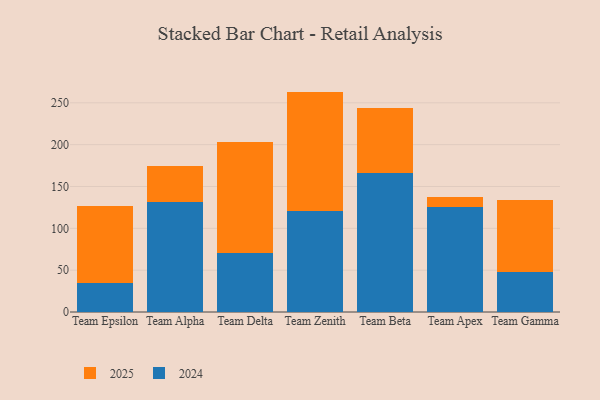
{"axis": {"x": "Team", "y": "Page Views"}, "legend": ["2024", "2025"], "data": [{"x": "Team Epsilon", "y": 92.8, "type": "2025"}, {"x": "Team Epsilon", "y": 34.2, "type": "2024"}, {"x": "Team Alpha", "y": 43.5, "type": "2025"}, {"x": "Team Alpha", "y": 130.9, "type": "2024"}, {"x": "Team Delta", "y": 132.2, "type": "2025"}, {"x": "Team Delta", "y": 70.4, "type": "2024"}, {"x": "Team Zenith", "y": 142.3, "type": "2025"}, {"x": "Team Zenith", "y": 121.1, "type": "2024"}, {"x": "Team Beta", "y": 77.6, "type": "2025"}, {"x": "Team Beta", "y": 166.2, "type": "2024"}, {"x": "Team Apex", "y": 12.8, "type": "2025"}, {"x": "Team Apex", "y": 125.2, "type": "2024"}, {"x": "Team Gamma", "y": 85.6, "type": "2025"}, {"x": "Team Gamma", "y": 48.0, "type": "2024"}]}